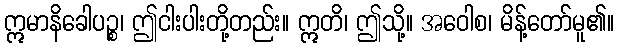
ဣမာနိခေါပဉ္စ၊ ဤငါးပါးတို့တည်း။ ဣတိ၊ ဤသို့။ အဝေါစ၊ မိန့်တော်မူ၏။